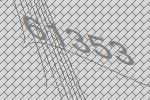
61353